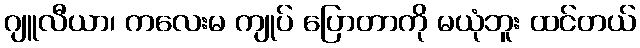
ဂျူလီယာ၊ ကလေးမ ကျုပ် ပြောတာကို မယုံဘူး ထင်တယ်